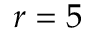
r = 5